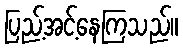
ပြည့်အင့်နေကြသည်။